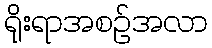
ရိုးရာအစဉ်အလာ